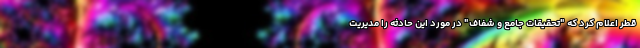
قطر اعلام کرد که "تحقیقات جامع و شفاف" در مورد این حادثه را مدیریت